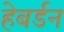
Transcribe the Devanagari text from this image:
हेबर्डन